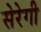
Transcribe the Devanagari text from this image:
सेरेगी